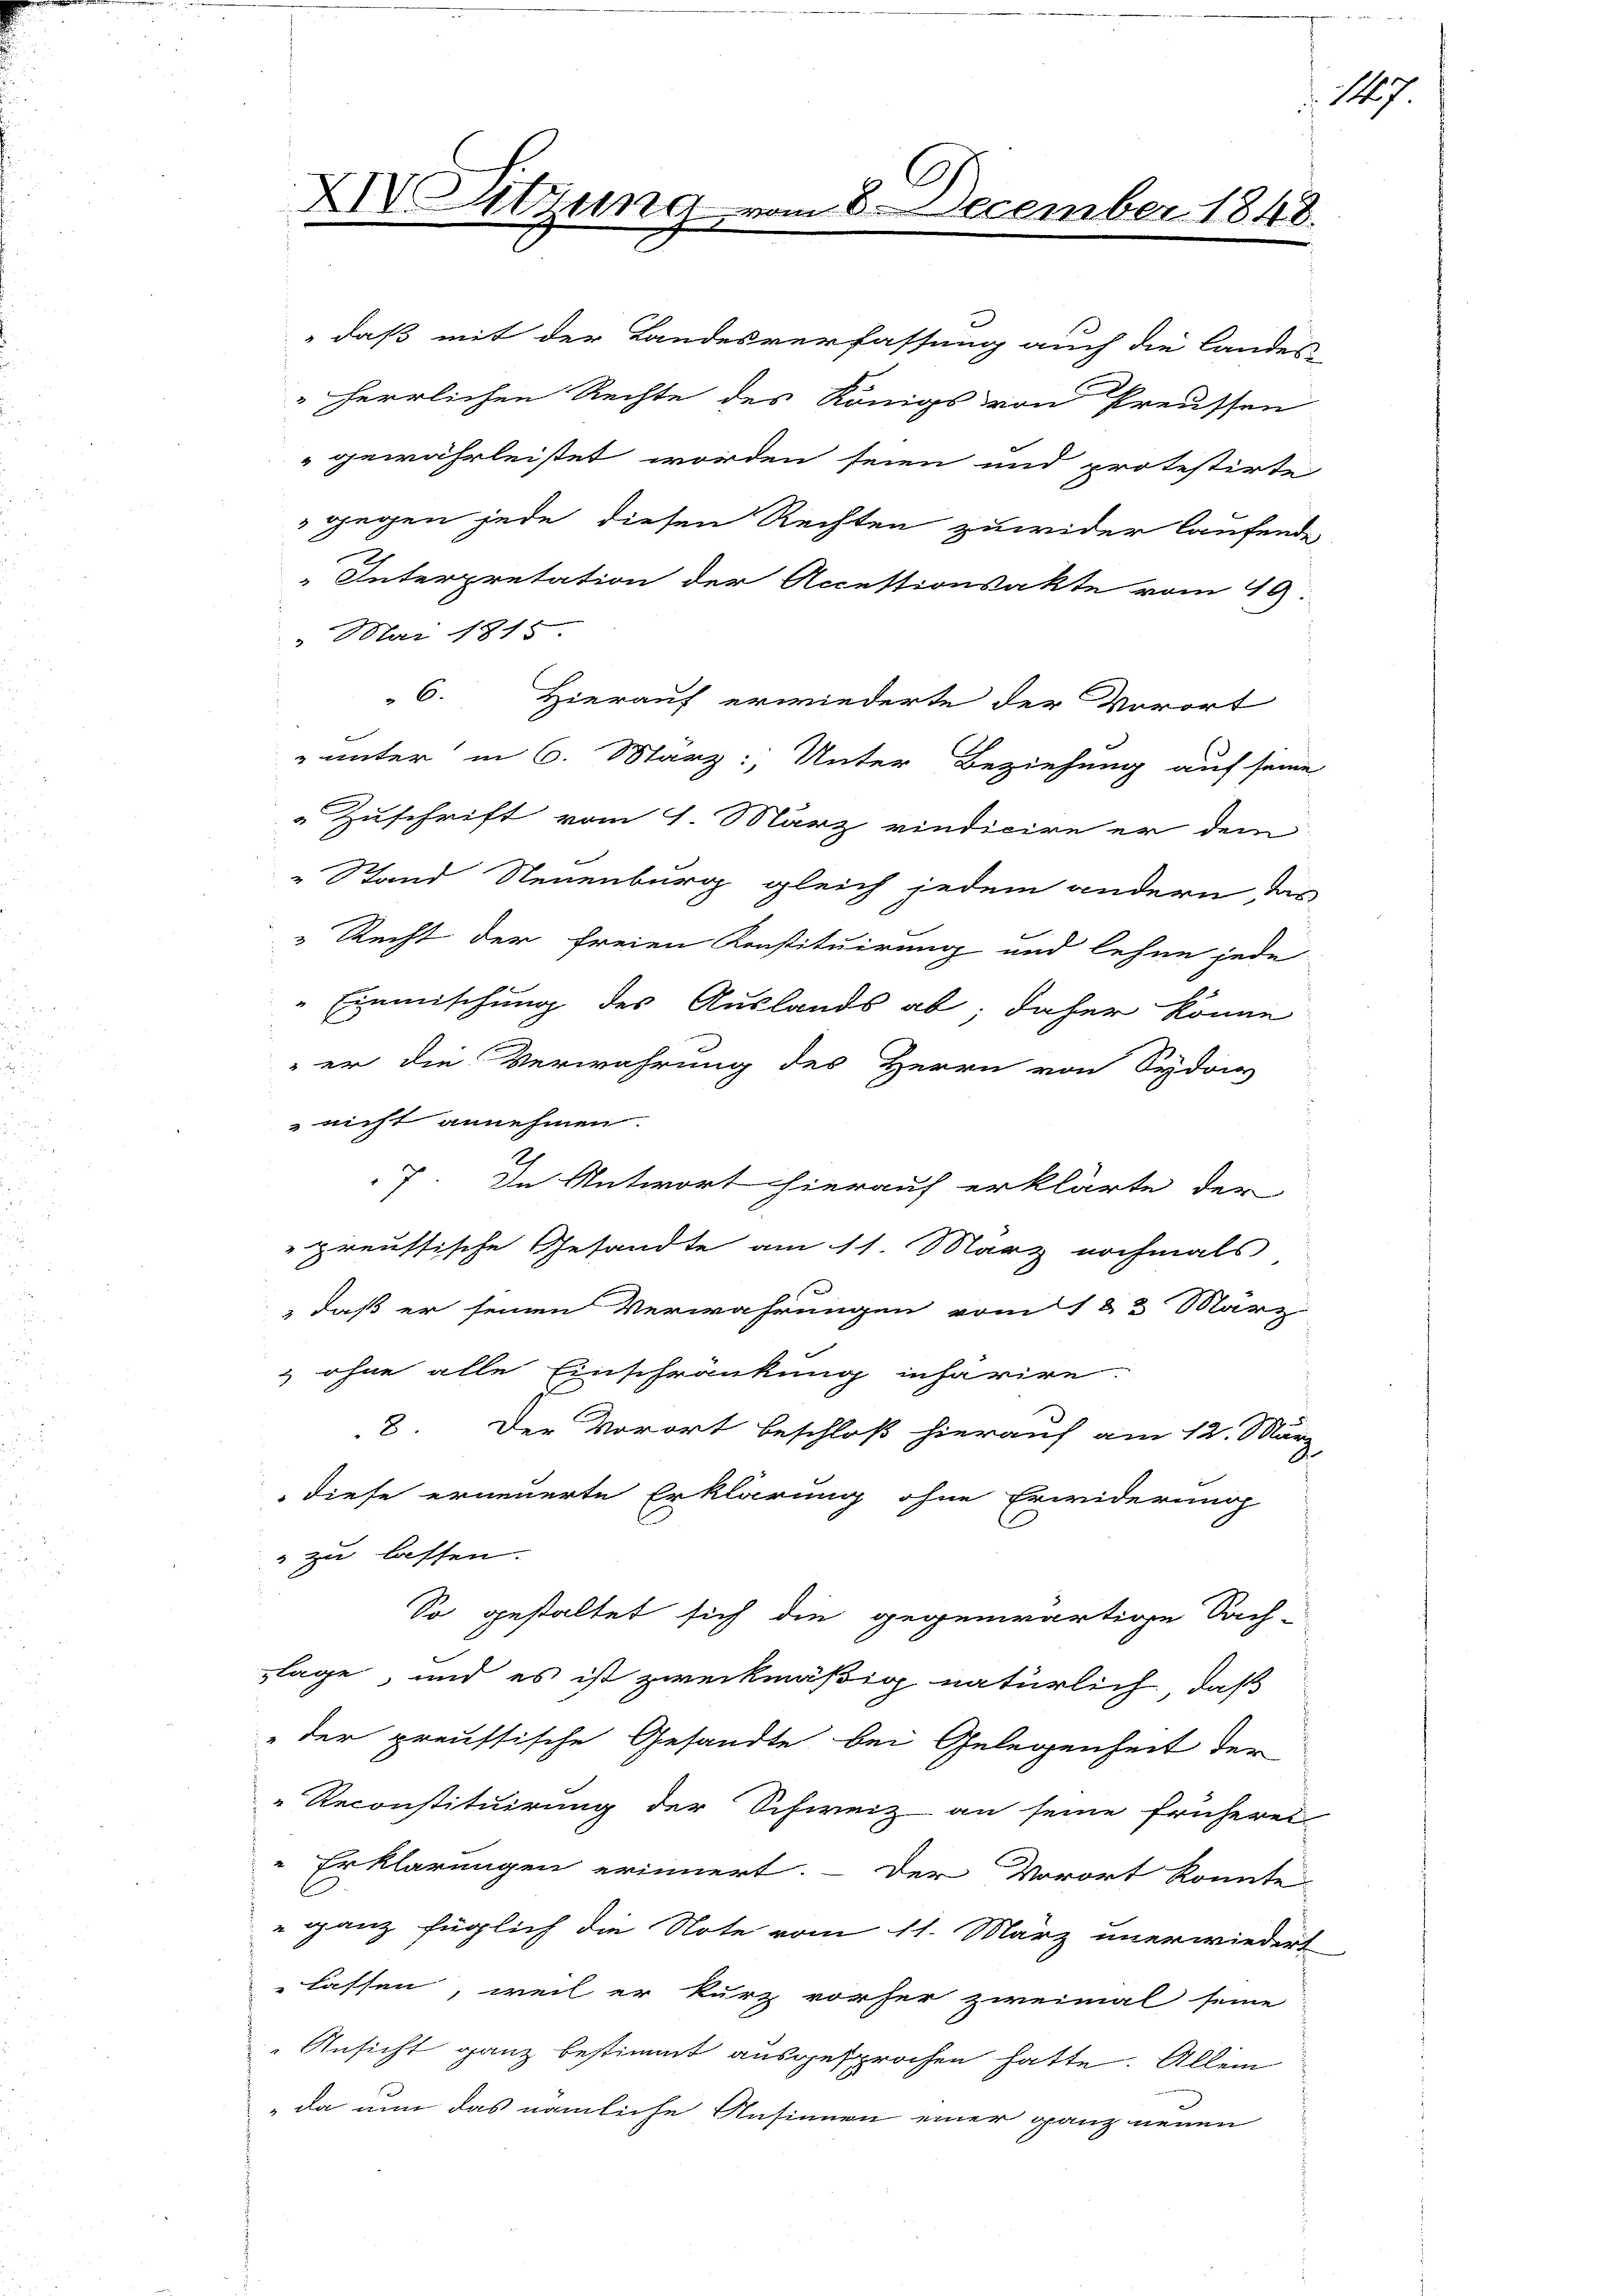
" daß mit der Landesverfassung auch die Landes
" herrlichen Rechte des Königs von Preussen
gewährleistet worden seien und protestirte
" gegen jede diesen Rechten zuwider laufende
Interpretation der Accessionsakte vom 19.
 Mai 1815.
6. Hierauf erwiederte der Vorort
" unter in 6. März: Unter Beziehung auf seine
Zuschrift vom 1. März vindicire er dem
 Stand Neuenburg gleich jedem andern das
Recht der freien Konstituirung und lehne jede
Einmischung des Auslands ab; daher könne
er die Verwahrung des Herrn von Sydon
 nicht annehmen.
2
7. In Antwort hierauf erklärte der
preussische Gesandte am 11. März nochmals
 daß er seinen Verwahrungen vom 12 t März
 ohne alle Einschränkung inharire.
8. Der Vorort beschloß hierauf am 12. März,
diese erneuerte Erklärung ohne Erwiderung
 zu lassen.
So gestaltet sich die gegenwärtige Sach-
zlage, und es ist zweckmäßig natürlich, daß
"der preussische Gesandte bei Gelegenheit der
Reconstituirung der Schweiz an seine früheres
Erklärungen erinnert.- Der Vorort konnte
" ganz füglich die Note vom 11. März unerwiedert
lassen, weil er kurz vorher zweimal seine
 Ansicht ganz bestimmt ausgesprochen hatte. Allein
da nun das nämliche Ansinnen einer ganz neuen

XIV Sitzung

m 8. December 1848.

17.